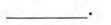
\underline{}。